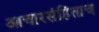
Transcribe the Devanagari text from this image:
आचारसंहिताच